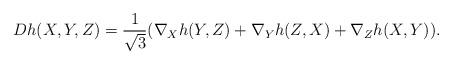
LaTeX: \begin{align*} Dh(X,Y,Z)=\frac{1}{\sqrt{3}}(\nabla_Xh(Y,Z)+\nabla_Yh(Z,X)+\nabla_Zh(X,Y)).\end{align*}